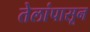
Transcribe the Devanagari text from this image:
तेलांपासून